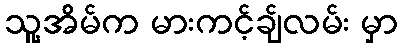
သူ့အိမ်က မားကင့်ချ်လမ်း မှာ